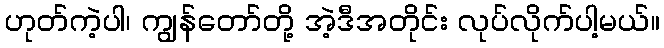
ဟုတ်ကဲ့ပါ၊ ကျွန်တော်တို့ အဲ့ဒီအတိုင်း လုပ်လိုက်ပါ့မယ်။